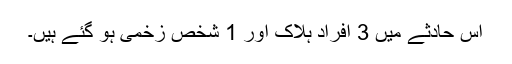
اس حادثے میں 3 افراد ہلاک اور 1 شخص زخمی ہو گئے ہیں۔